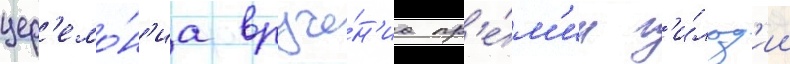
цер'емо́н'иа вруче́н'иа пр'е́м'ии г'и́льд'ии